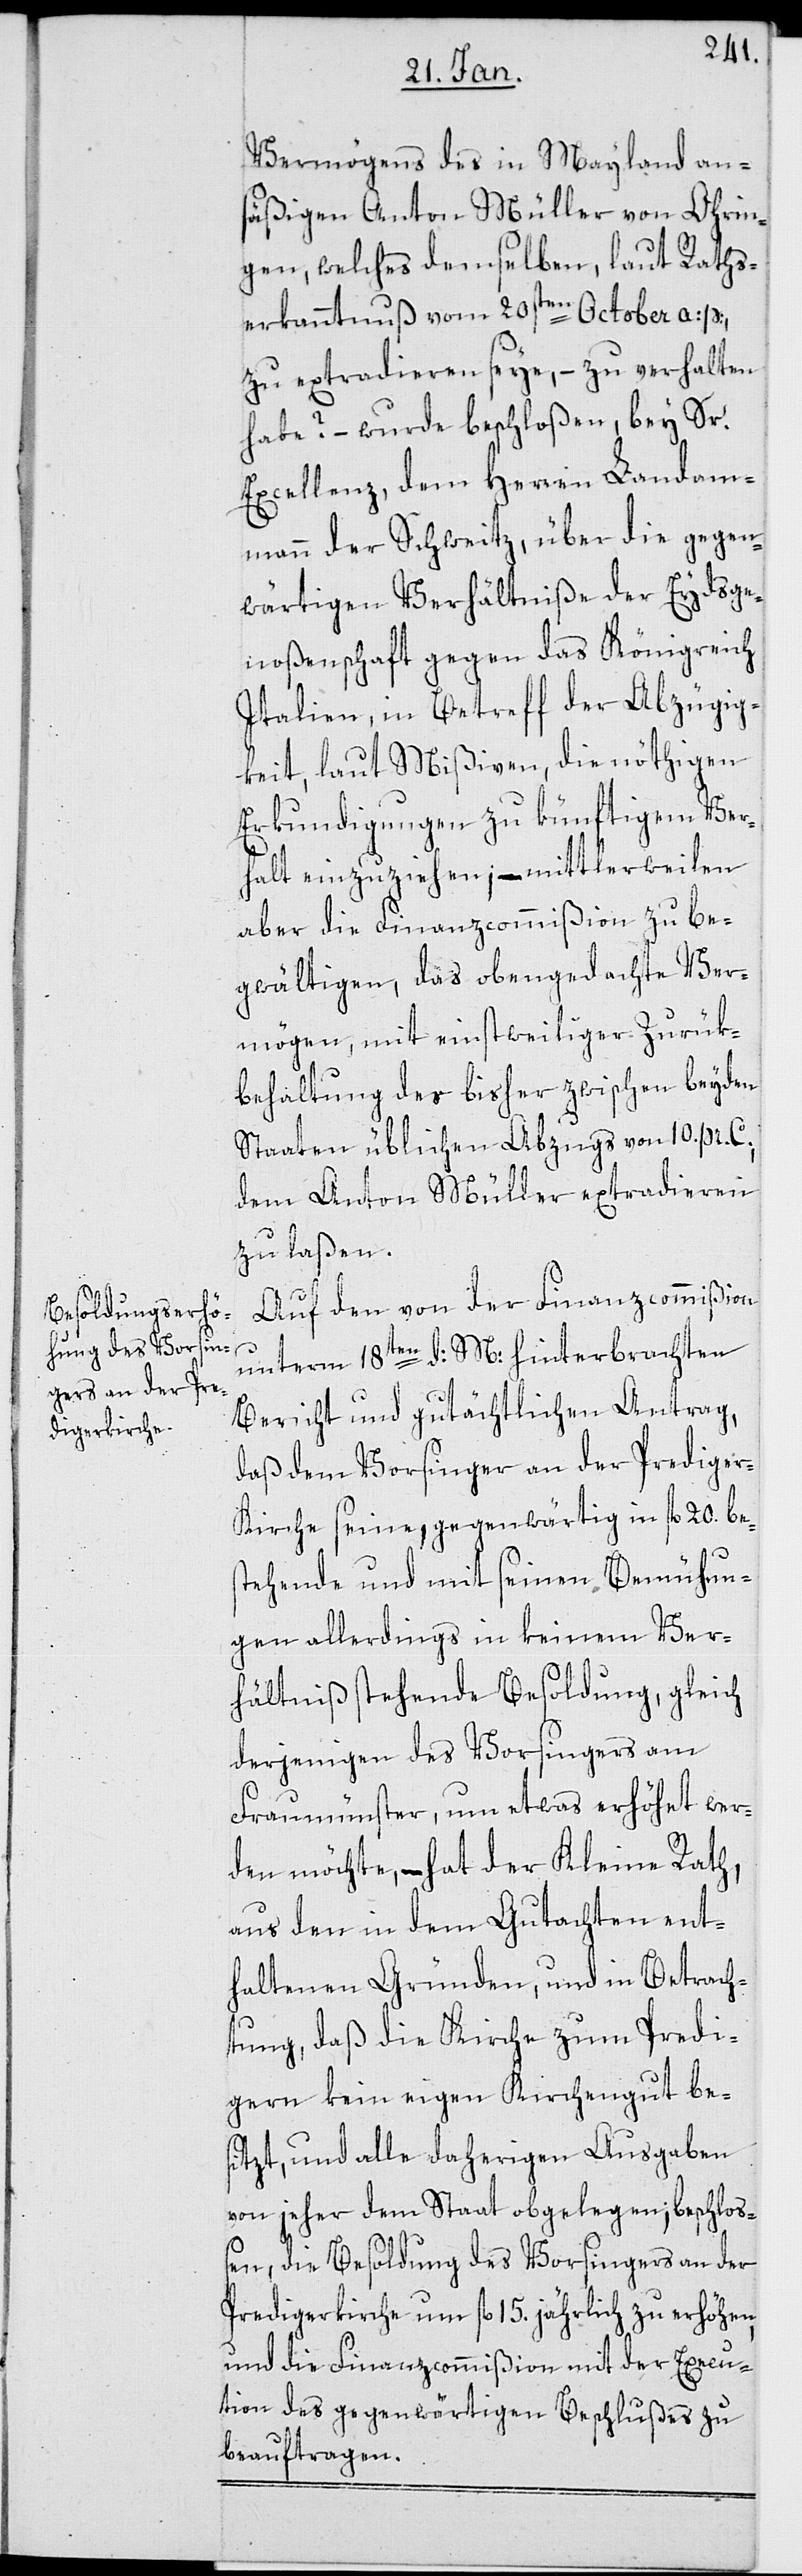
Vermögens des in Mayland an¬
säßigen Anton Müller von Ohrin¬
gen, welches demselben, laut Raths¬
erkanntnuß vom 20sten October a. p.
zu extradieren seye, – zu erhalten
habe? – wurde beschloßen, bey Sr.
Excellenz, dem Herren Landam¬
mann der Schweitz, über die gegen¬
wärtigen Verhältniße der Eydsge¬
noßenschaft gegen das Königreich
Italien, in Betreff der Abzügig¬
keit, laut Mißiven, die nöthigen
Erkundigungen zu künftigem Ver¬
halt einzuziehen; – mittlerweilen
aber die Finanzcommißion zu be¬
gwältigen, das obengedachte Ver¬
mögen, mit einstweiliger Zurük¬
behaltung der bisher zwischen beyden
Staaten üblichen Abzugs von 10. pr. C.,
dem Anton Müller extradieren
zu laßen.
Auf den von der Finanzcommißion
unterm 18ten d: M: hinterbrachten
Bericht und gutächtlichen Antrag,
daß dem Vorsinger an der Prediger¬
kirche seine, gegenwärtig in fl. 20. be¬
stehende und mit seinen Bemühun¬
gen allerdings in keinem Ver¬
hältniß stehende Besoldung, gleich
derjenigen des Vorsingers am
Fraumünster, um etwas erhöhet wer¬
den möchte, – hat der Kleine Rath
aus den in dem Gutachten ent¬
haltenen Gründen, und in Betrach¬
tung, daß die Kirche zum Predi¬
gern kein eigen Kirchengut be¬
sitzt, und alle daherigen Ausgaben
von jeher dem Staat obgelegen; beschloß¬
en, die Besoldung des Vorsingers an der
Predigerkirche um fl. 15. jährlich zu erhöhen,
und die Finanzcommißion mit der Execu¬
tion des gegenwärtigen Beschlußes zu
beauftragen.